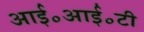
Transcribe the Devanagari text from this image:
आई॰आई॰टी